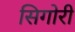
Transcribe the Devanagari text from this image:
सिगोरी